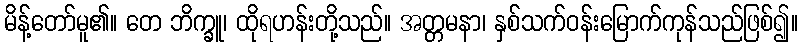
မိန့်တော်မူ၏။ တေ ဘိက္ခူ၊ ထိုရဟန်းတို့သည်။ အတ္တမနာ၊ နှစ်သက်ဝန်းမြောက်ကုန်သည်ဖြစ်၍။